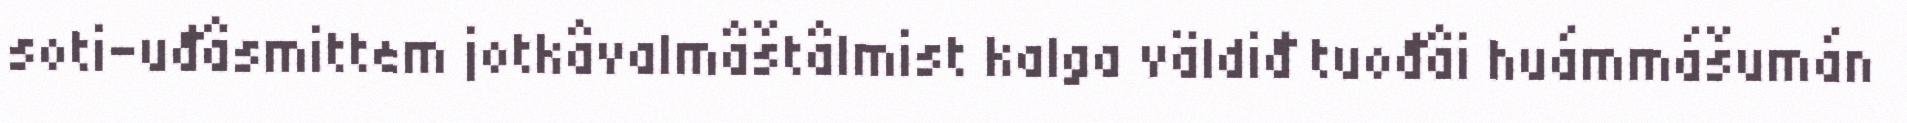
soti-uđâsmittem jotkâvalmâštâlmist kalga väldiđ tuođâi huámmášumán